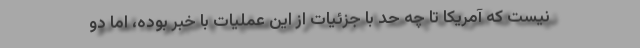
نیست که آمریکا تا چه حد با جزئیات از این عملیات با خبر بوده، اما دو